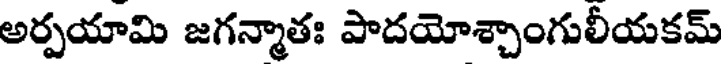
అర్పయామి జగన్మాతః పాదయోశ్చాంగులీయకమ్